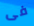
فى